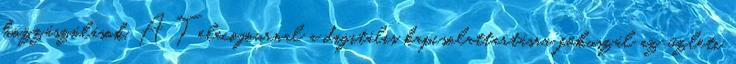
hozzászólások. A Telecojournal a digitális kapcsolattartásra fókuszál az üzleti